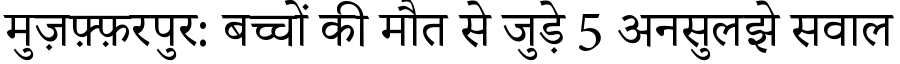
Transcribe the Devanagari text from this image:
मुज़फ़्फ़रपुर: बच्चों की मौत से जुड़े 5 अनसुलझे सवाल